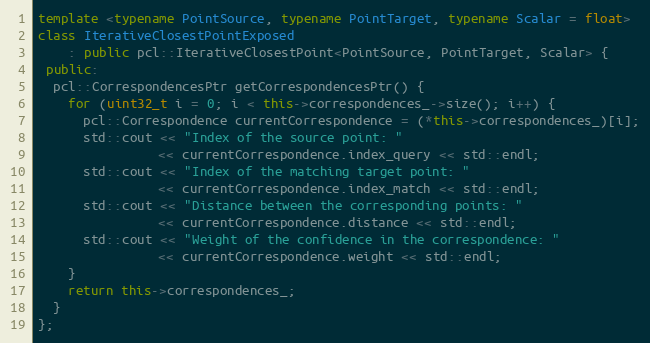
Language: C++
template <typename PointSource, typename PointTarget, typename Scalar = float>
class IterativeClosestPointExposed
    : public pcl::IterativeClosestPoint<PointSource, PointTarget, Scalar> {
 public:
  pcl::CorrespondencesPtr getCorrespondencesPtr() {
    for (uint32_t i = 0; i < this->correspondences_->size(); i++) {
      pcl::Correspondence currentCorrespondence = (*this->correspondences_)[i];
      std::cout << "Index of the source point: "
                << currentCorrespondence.index_query << std::endl;
      std::cout << "Index of the matching target point: "
                << currentCorrespondence.index_match << std::endl;
      std::cout << "Distance between the corresponding points: "
                << currentCorrespondence.distance << std::endl;
      std::cout << "Weight of the confidence in the correspondence: "
                << currentCorrespondence.weight << std::endl;
    }
    return this->correspondences_;
  }
};